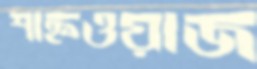
শাহ্নওয়াজ